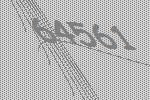
64561